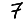
Digit: 7